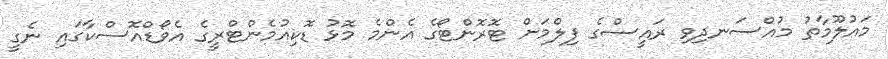
މައުލޫމާތު މުއްސަނދިވި ރައީސްގެ ފިލްމަށް ޓޮރޮންޓޯގެ އެންމެ މޮޅު ޑޮކިއުމެންޓްރީގެ އެވޯޑްއޮސްކާގައި ނެގީ